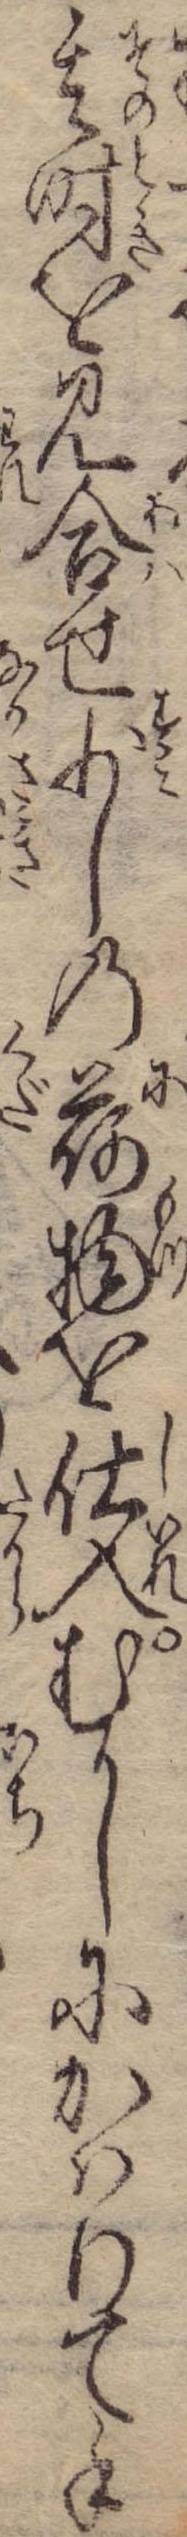
其時を見合せ少しの荷物を仕入むかしにかはりて手